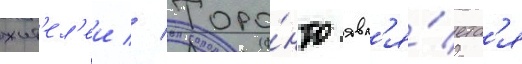
жит'ел'еи // Торо́нто явл'я́етс'я